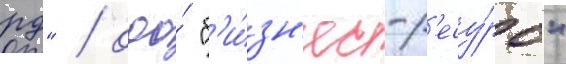
рд" / ооо́ "б'и́зн'ес-р'есу́рс"